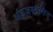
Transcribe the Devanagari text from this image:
अंडजस्तनिन